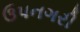
ઉપનગરી